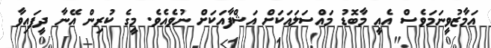
އަމާޒުވީނަމަވެސް އެއީ މާބޮޑު މައްސަލައަކަށް އަޝްފާއަކަށް ނުވެއެވެ. މީގެ ކުރިން އޭނާ ދީފައިވާ